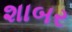
શાબર